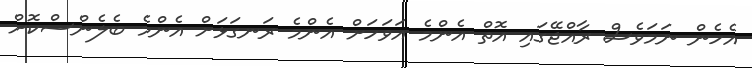
އެހެން ނަމަވެސް ރާއްޖޭގައި އޮތް އެންމެ އަވަހަށް އެންމެ ރަނގަޅަށް އެންމެ ބެލެންސްކޮށް